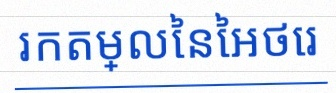
រកតម្លៃនៃអថេរ